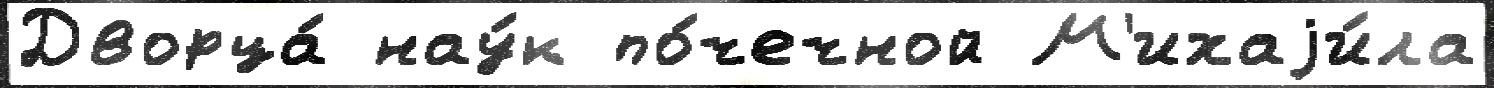
Дворца́ нау́к по́чечной М'ихаjи́ла